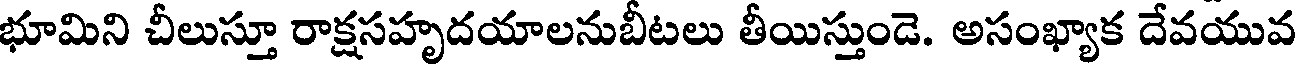
భూమిని చీలుస్తూ రాక్షసహృదయాలనుబీటలు తీయిస్తుండె. అసంఖ్యాక దేవయువ